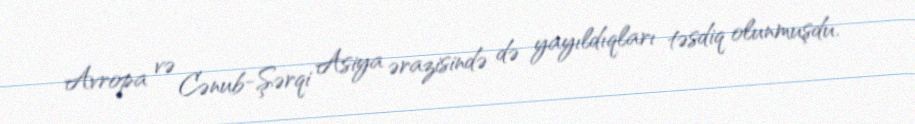
Avropa və Cənub-Şərqi Asiya ərazisində də yayıldıqları təsdiq olunmuşdu.